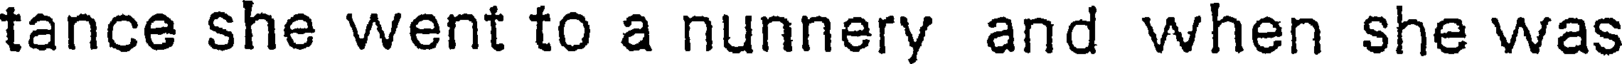
tance she went to a nunnery and when she was